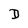
Character: D